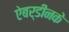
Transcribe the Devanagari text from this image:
ऐबर्डीनके